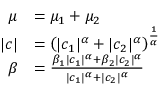
{ \begin{array} { r l } { \mu } & { = \mu _ { 1 } + \mu _ { 2 } } \\ { | c | } & { = \left( | c _ { 1 } | ^ { \alpha } + | c _ { 2 } | ^ { \alpha } \right) ^ { \frac { 1 } { \alpha } } } \\ { \beta } & { = { \frac { \beta _ { 1 } | c _ { 1 } | ^ { \alpha } + \beta _ { 2 } | c _ { 2 } | ^ { \alpha } } { | c _ { 1 } | ^ { \alpha } + | c _ { 2 } | ^ { \alpha } } } } \end{array} }